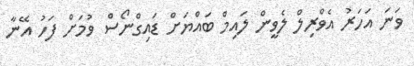
ވަނަ އަހަރު އެވްރިލް ލެވީން ލައިމް ބައްޔަށް ޑައިގްނޯސް ވުމަށް ފަހު އޭނާ